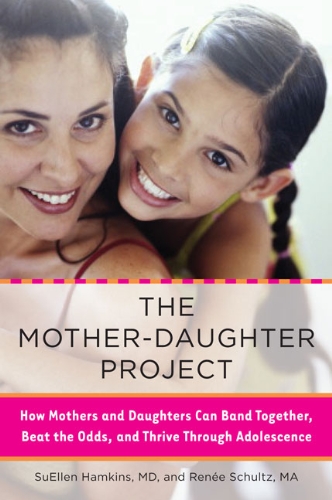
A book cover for The Mother-Daughter Project: How Mothers and Daughters Can Band Together, Beat the Odds,and Thrive Through Ad olescence; SuEllen Hamkins; Parenting & Relationships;